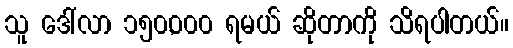
သူ ဒေါ်လာ ၁၅၀,၀၀၀ ရမယ် ဆိုတာကို သိရပါတယ်။